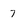
Character: 7